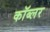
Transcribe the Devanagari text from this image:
कॉब्लर